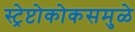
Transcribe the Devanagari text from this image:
स्ट्रेप्टोकोकसमुळे